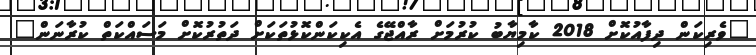
"ވެރިކަން ދިފާއުކޮށް 2018 ކާމިޔާބު ކުރުމަށް ރާއްޖޭގެ އެކިކަންކޮޅުތަަކަށް ދަތުރުކޮށް މަސައްކަތް ކުރާނަން"